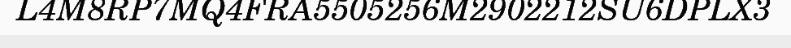
L4M8RP7MQ4FRA5505256M2902212SU6DPLX3